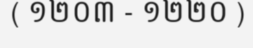
( ១២០៣ - ១២២០ )